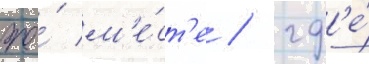
же́ м'е́ст'е / гд'е́